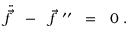
\ddot { \vec { f } } \ \ - \ \ \vec { f } ^ { \ \prime \prime } \ \ = \ \ 0 \ .